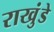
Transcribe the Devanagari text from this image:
राखुंडे